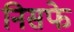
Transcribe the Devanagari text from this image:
निसफे